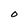
Character: O